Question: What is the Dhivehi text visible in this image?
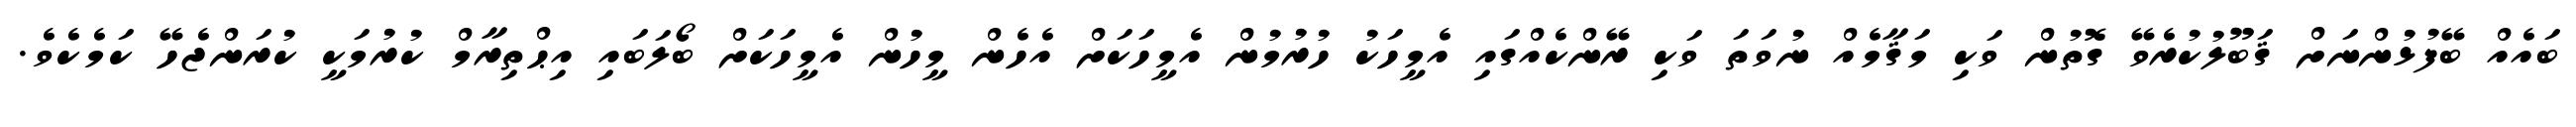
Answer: ބައެއް ބޭފުޅުންނަށް ޤަބޫލުކުރެވޭ ގޮތުން ވަކި މަޤާމެއް ނުވަތަ ވަކި ރޭންކެއްގައި އެމީހަކު ހުރުމުން އެމީހަކަށް އެހެން މީހުން އެމީހަކަށް ބޯލަބައި އިޙްތިރާމް ކުރުމަކީ ކުރަންޖެހޭ ކަމެކެވެ.